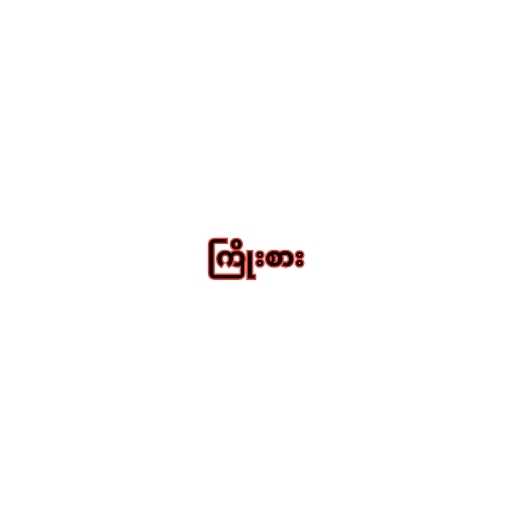
ကြိုးစား